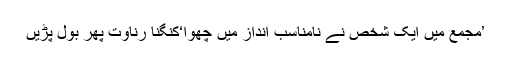
’مجمع میں ایک شخص نے نامناسب انداز میں چھوا‘کنگنا رناوت پھر بول پڑیں